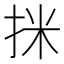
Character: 𢬊